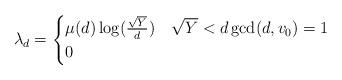
LaTeX: \begin{align*}\lambda_d= \begin{cases} \mu(d) \log(\frac{\sqrt{Y}}{d}) & \sqrt{Y}<d \gcd(d,v_0)=1 \\ 0 & \end{cases}\end{align*}